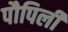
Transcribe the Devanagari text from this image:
पौपिली